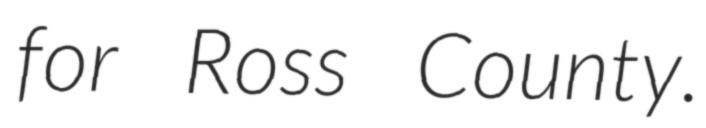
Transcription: for Ross County.